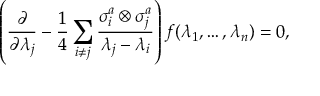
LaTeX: \left( { \frac { \partial } { \partial \lambda _ { j } } } - { \frac { 1 } { 4 } } \sum _ { i \neq j } { \frac { \sigma _ { i } ^ { a } \otimes \sigma _ { j } ^ { a } } { \lambda _ { j } - \lambda _ { i } } } \right) f ( \lambda _ { 1 } , \ldots , \lambda _ { n } ) = 0 ,